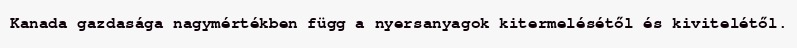
Kanada gazdasága nagymértékben függ a nyersanyagok kitermelésétől és kivitelétől.